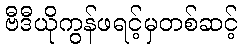
ဗီဒီယိုကွန်ဖရင့်မှတစ်ဆင့်